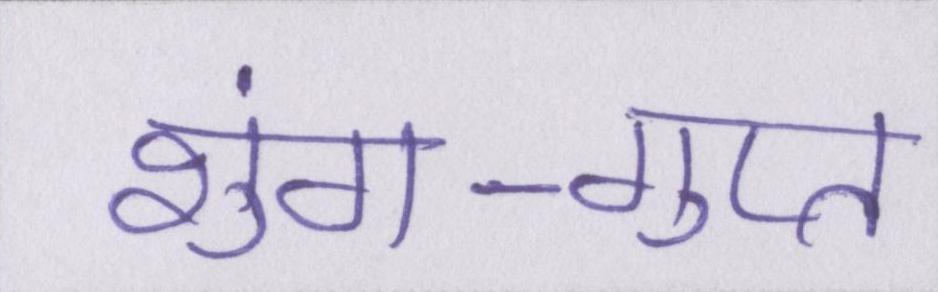
शुंग-गुप्त